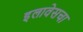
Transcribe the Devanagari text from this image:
इलावेसचा